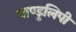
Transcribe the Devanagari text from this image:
पाण्डुलिपी